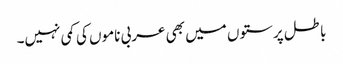
باطل پرستوں میں بھی عربی ناموں کی کمی نہیں۔